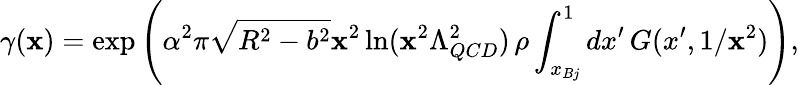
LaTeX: \gamma({\mathbf x})=\exp\left(\alpha^{2}\pi\sqrt{R^{2}-b^{2}}{\mathbf x}^{2}\ln({\mathbf x}^{2}\Lambda_{QCD}^{2})\, \rho\int_{x_{Bj}}^{1}dx^{\prime}\, G(x^{\prime},1/{\mathbf x}^{2})\right),